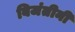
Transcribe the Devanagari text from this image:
बिजंतीनी